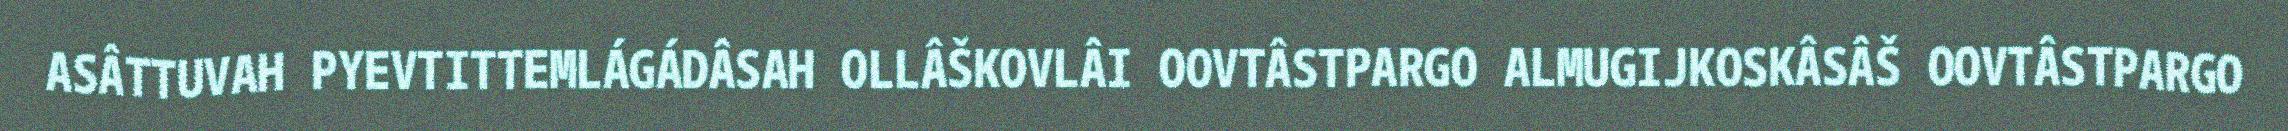
ASÂTTUVAH PYEVTITTEMLÁGÁDÂSAH OLLÂŠKOVLÂI OOVTÂSTPARGO ALMUGIJKOSKÂSÂŠ OOVTÂSTPARGO